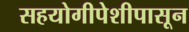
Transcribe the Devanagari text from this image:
सहयोगीपेशीपासून